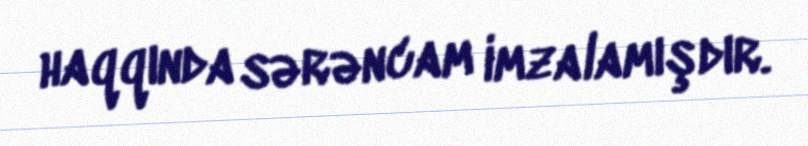
haqqında sərəncam imzalamışdır.